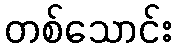
တစ်သောင်း